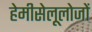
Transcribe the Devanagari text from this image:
हेमीसेलूलोजों